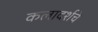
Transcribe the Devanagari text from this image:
कलादर्शचे